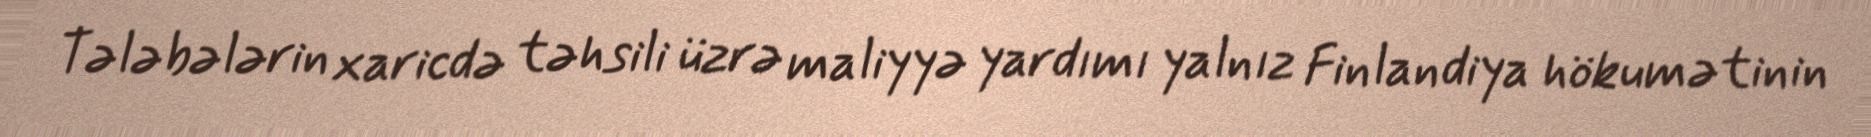
Tələbələrin xaricdə təhsili üzrə maliyyə yardımı yalnız Finlandiya hökumətinin